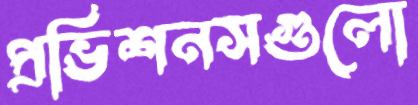
প্রভিশনসগুলো